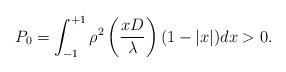
LaTeX: \begin{align*}P_0 = \int_{-1}^{+1}\rho^2\left(\frac{x D}{\lambda}\right)(1-|x|)dx>0.\end{align*}